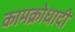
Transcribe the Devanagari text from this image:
कामक्रोधादी